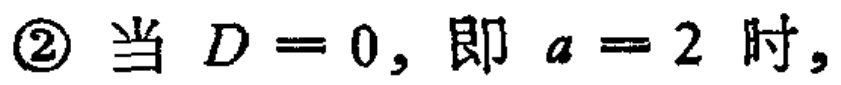
\textcircled{2} 当 \(D = 0\)，即 \(a = 2\) 时，